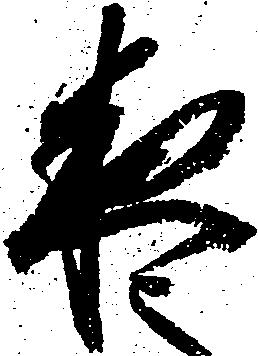
夜